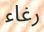
رغاء